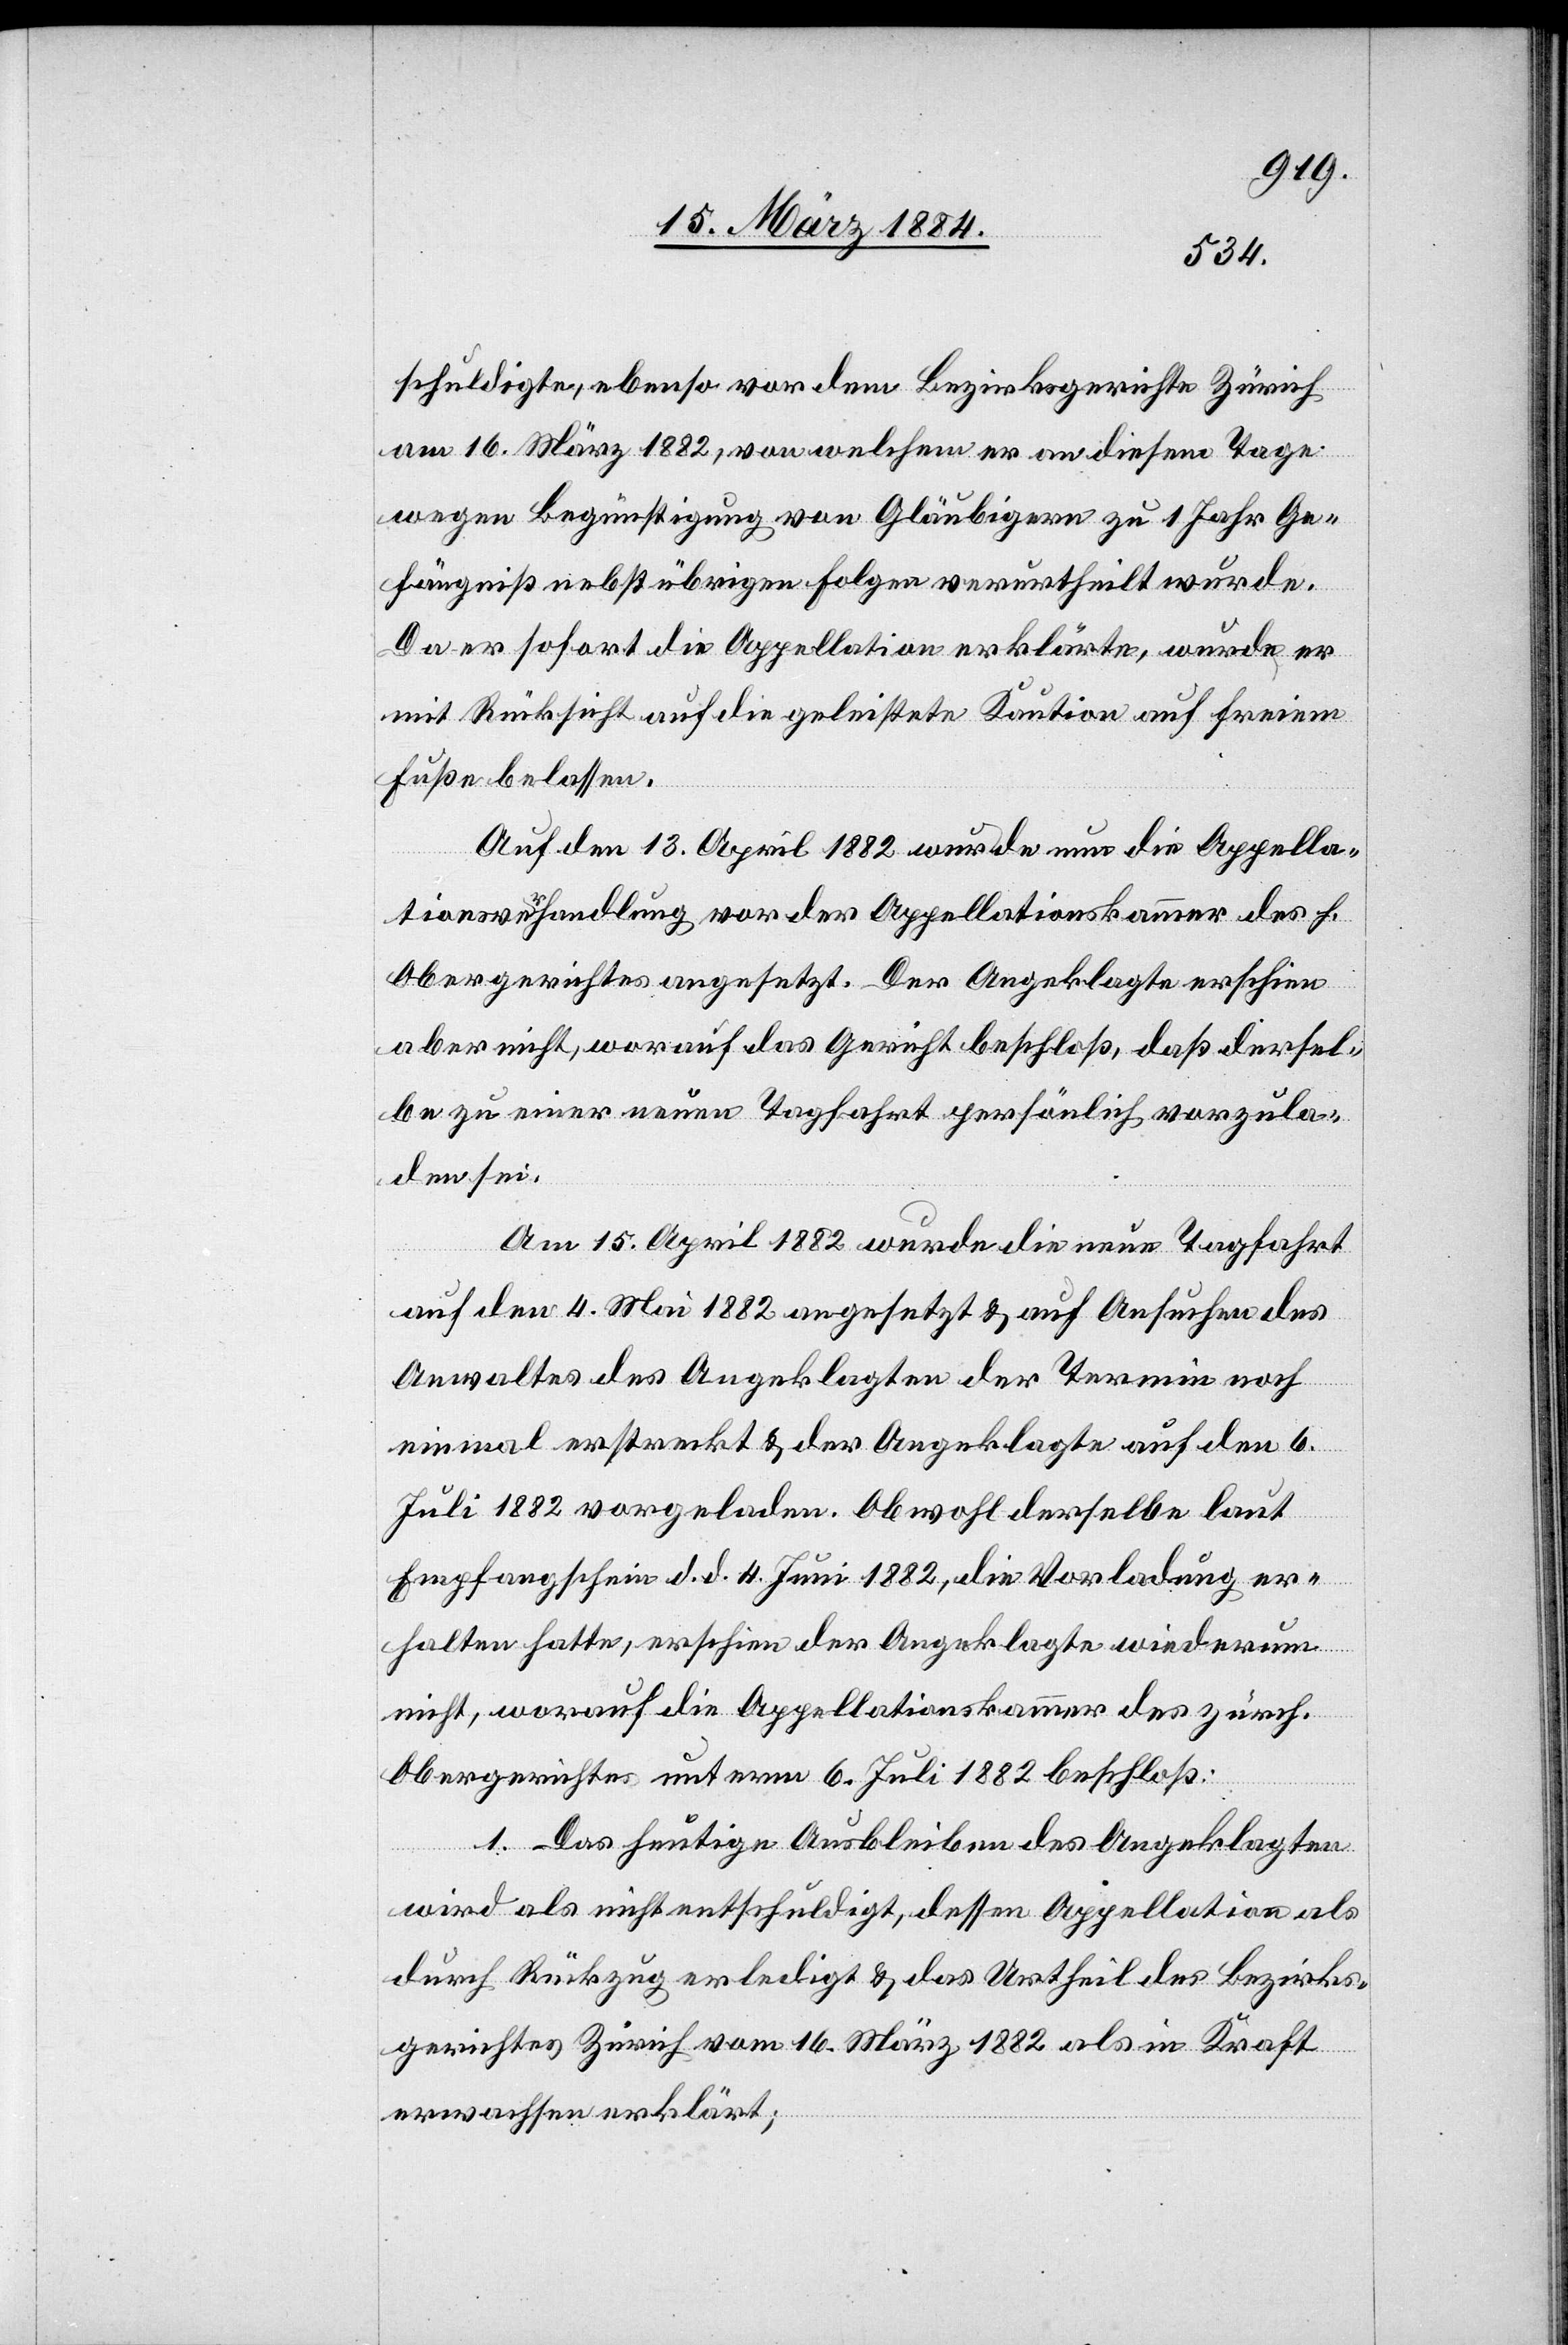
schuldigte, ebenso vor dem Bezirksgerichte Zürich
am 16. März 1882, von welchem er an diesem Tage
wegen Begünstigung von Gläubigern zu 1 Jahr Ge¬
fängniß nebst übrigen Folgen verurtheilt wurde.
Da er sofort die Appellation erklärte, wurde er
mit Rücksicht auf die geleistete Kaution auf freiem
Fuße belassen.
Auf den 13. April 1882 wurde nun die Appella¬
tionsverhandlung vor der Appellationskammer des h.
Obergerichtes angesetzt. Der Angeklagte erschien
aber nicht, worauf das Gericht beschloß, daß dersel¬
be zu einer neuen Tagfahrt persönlich vorzula¬
den sei.
Am 15. April 1882 wurde die neue Tagfahrt
auf den 4. Mai 1882 angesetzt & auf Ansuchen des
Anwaltes des Angeklagten der Termin noch
einmal erstreckt & der Angeklagte auf den 6.
Juli 1882 vorgeladen. Obwohl derselbe laut
Empfangschein d. d. 4. Juni 1882, die Vorladung er¬
halten hatte, erschien der Angeklagte wiederum
nicht, worauf die Appellationskammer des zürch.
Obergerichtes unterm 6. Juli 1882 beschloß:
1. Das heutige Ausbleiben des Angeklagten
wird als nicht entschuldigt, dessen Appellation als
durch Rückzug erledigt & das Urtheil des Bezirks¬
gerichtes Zürich vom 16. März 1882 als in Kraft
erwachsen erklärt;